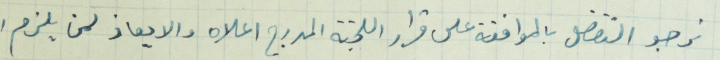
نرجو التفضل بالموافقة على قرارا اللجنة المدرج اعلاه والايعاز لمن يلزم